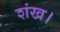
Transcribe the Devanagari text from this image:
शंख।